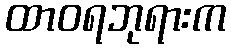
ထာဝရဘုရားက